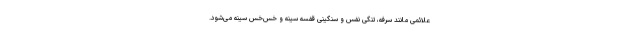
علائمی مانند سرفه، تنگی نفس و سنگینی قفسه سینه و خس‌خس سینه می‌شود.